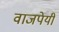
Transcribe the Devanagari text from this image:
वाजपेयीं